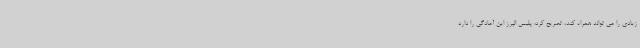
زیادی را می تواند همراه کند، تصریح کرد: پلیس البرز این آمادگی را دارد